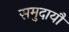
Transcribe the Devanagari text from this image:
समुदायौं